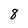
Character: 8